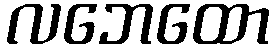
လဘေထော